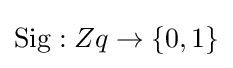
\operatorname {Sig} :Zq\rightarrow \{0,1\}